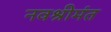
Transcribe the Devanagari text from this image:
नवश्रीमंत